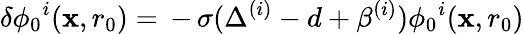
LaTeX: \delta\phi_{0}{}^{i}(\mathbf{x},r_{0})=\, -\, \sigma(\Delta^{(i)}-d+\beta^{(i)})\phi_{0}{}^{i}(\mathbf{x},r_{0})